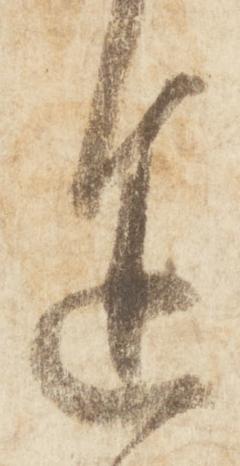
途